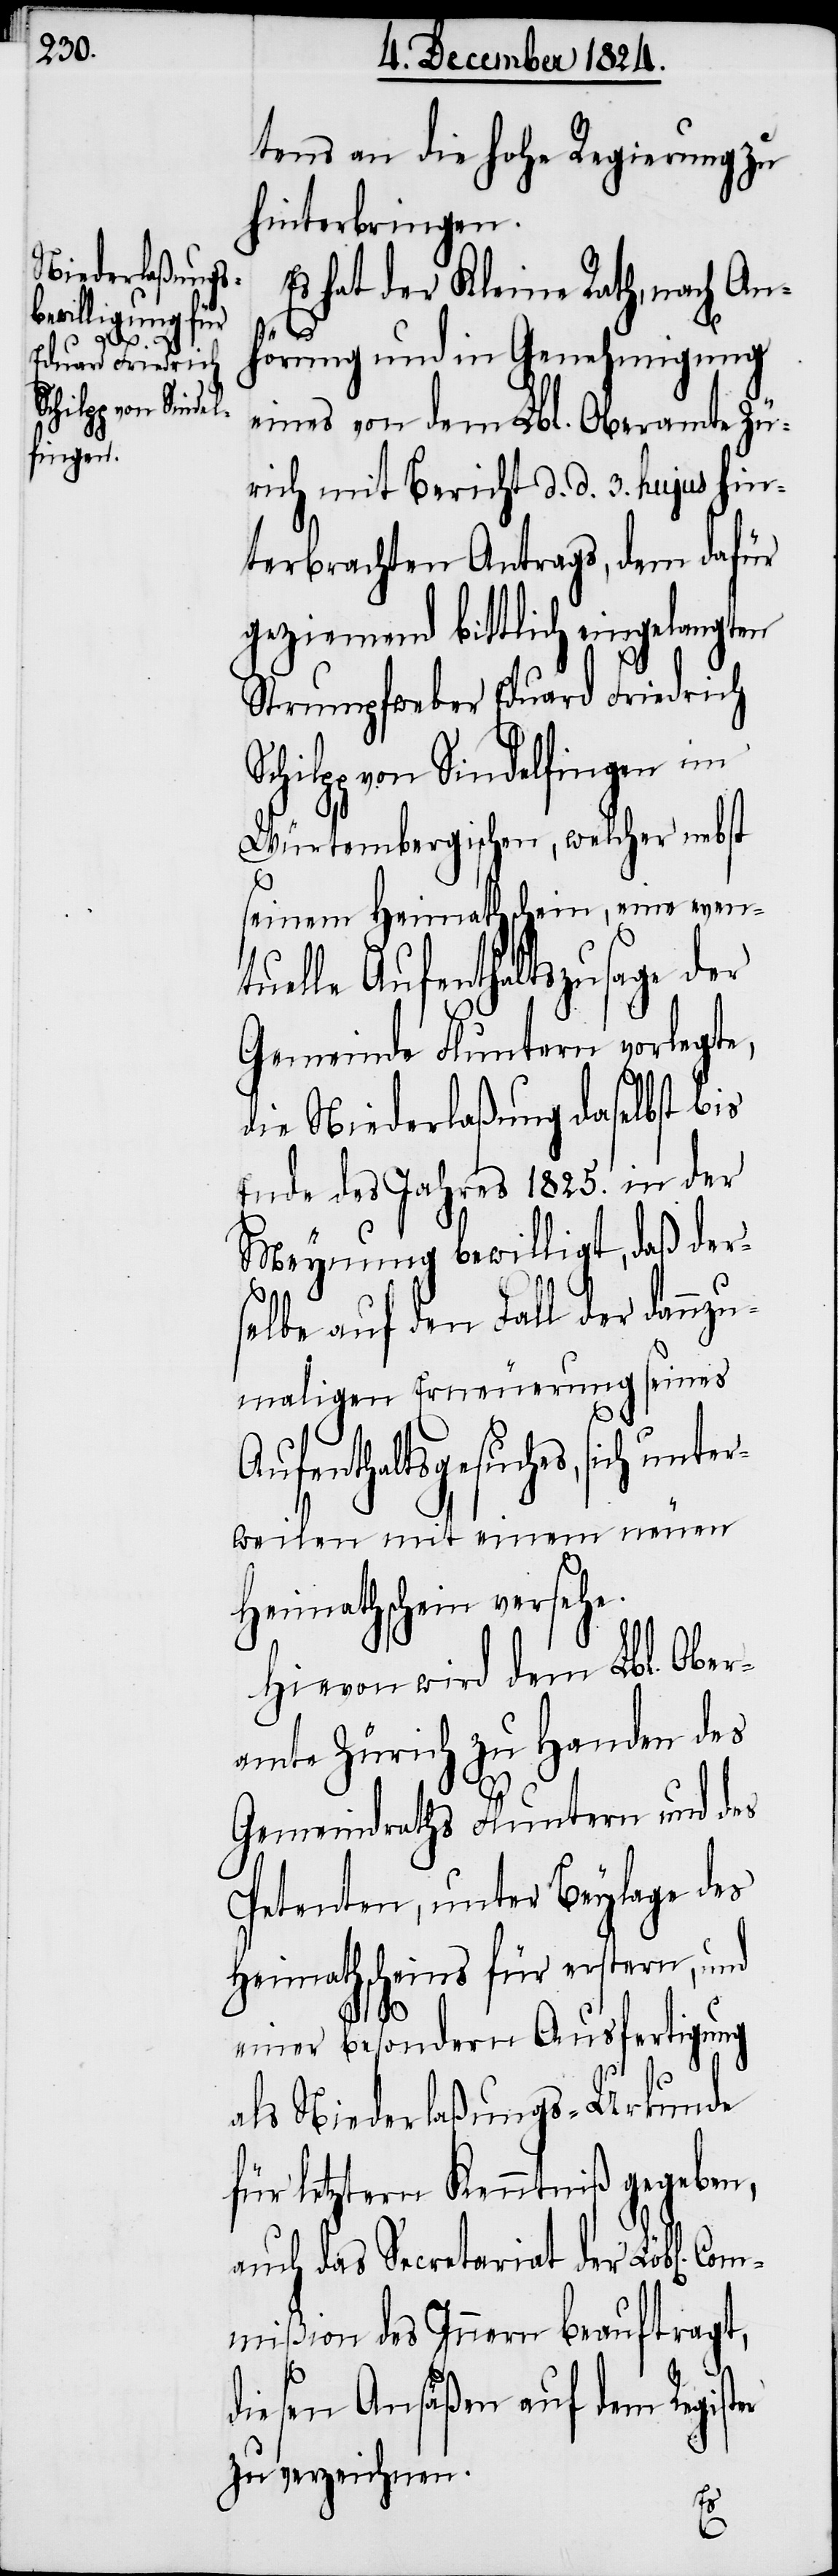
C¬

tens an die hohe Regierung zu
hinterbringen.
Es hat der Kleine Rath, nach An¬
er
hörung und in Genehmigung
eines von dem Lbl. Oberamte Zü¬
rich mit Bericht d. d. 3. hujus hin¬
terbrachten Antrags, dem dafür
geziemend bittlich eingelangten
Strumpfweber Eduard Friedrich
von Sindelfingen im
Würtemberg, welcher nebst
seinem Heimathschein, eine even¬
tuelle Aufenthaltszusage der
Gemeinde Fluntern vorlegte,
die Niederlaßung daselbst bis
Ende des Jahres 1825. in der
Meynung bewilligt, daß der¬
selbe auf den Fall der dannzu¬
Aufenthaltsgesuches, sich unter¬
weilen mit einem neuen
Heimathschein versehe.
Hievon wird dem Lbl. Ober¬
amt Zürich zu Handen des
Gemeindraths Fluntern und des
Petenten, unter Beylage des
Heimathscheins für erstern, und
einer besondern Ausfertigung
als Niederlaßungs-Urkunde
für letztern Kenntniß gegeben,
auch das Secretariat der Löbl[en].
ommißion des Innern beauftragt,
diesen Ansäßen auf dem Regist¬
zu verzeichnen.